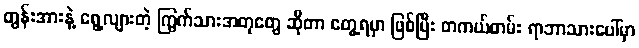
တွန်းအားနဲ့ ရွေ့လျားတဲ့ ကြွက်သားအတုတွေ ဆိုတာ တွေ့ရမှာ ဖြစ်ပြီး တကယ်တမ်း ရာဘာသားပေါ်မှာ